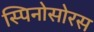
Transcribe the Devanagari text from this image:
स्‍पिनोसोरस